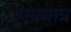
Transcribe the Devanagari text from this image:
एक्मात्र